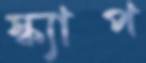
স্ক্যাপ